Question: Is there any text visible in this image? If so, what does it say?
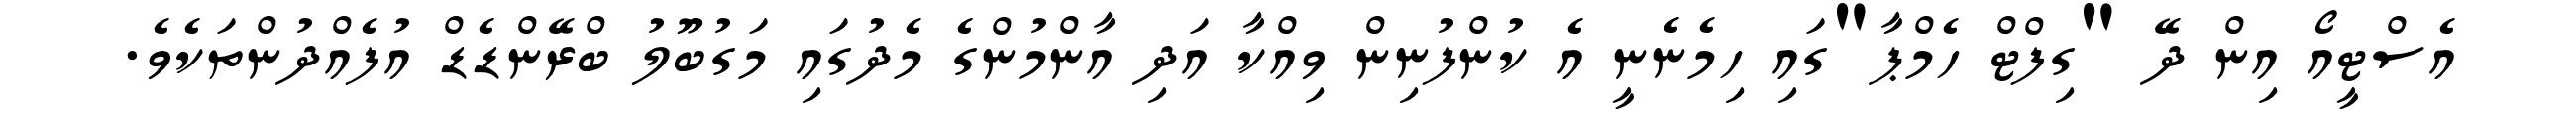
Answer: އެސްޓީއޯ އިން ދޭ "ގިފްޓް ހެމްޕާ"ގައި ހިމެނެނީ އެ ކުންފުނިން ވިއްކާ އަދި އާންމުންގެ މެދުގައި މަގުބޫލު ބްރޭންޑެޑް އުފެއްދުންތަކެވެ.